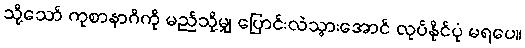
သို့သော် ကုစာနာဂိကို မည်သို့မျှ ပြောင်းလဲသွားအောင် လုပ်နိုင်ပုံ မရပေ။